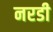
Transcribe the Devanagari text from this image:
नरडी